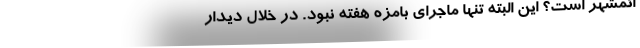
ائمشهر است؟ این البته تنها ماجرای بامزه هفته نبود. در خلال دیدار